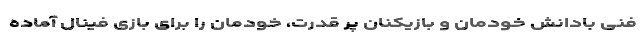
فنی بادانش خودمان و بازیکنان پر قدرت، خودمان را برای بازی فینال آماده